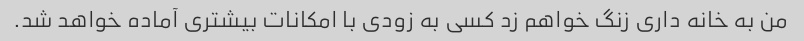
من به خانه داری زنگ خواهم زد کسی به زودی با امکانات بیشتری آماده خواهد شد.